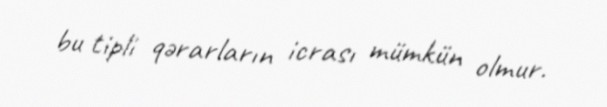
bu tipli qərarların icrası mümkün olmur.